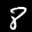
Label: 8